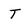
Character: T